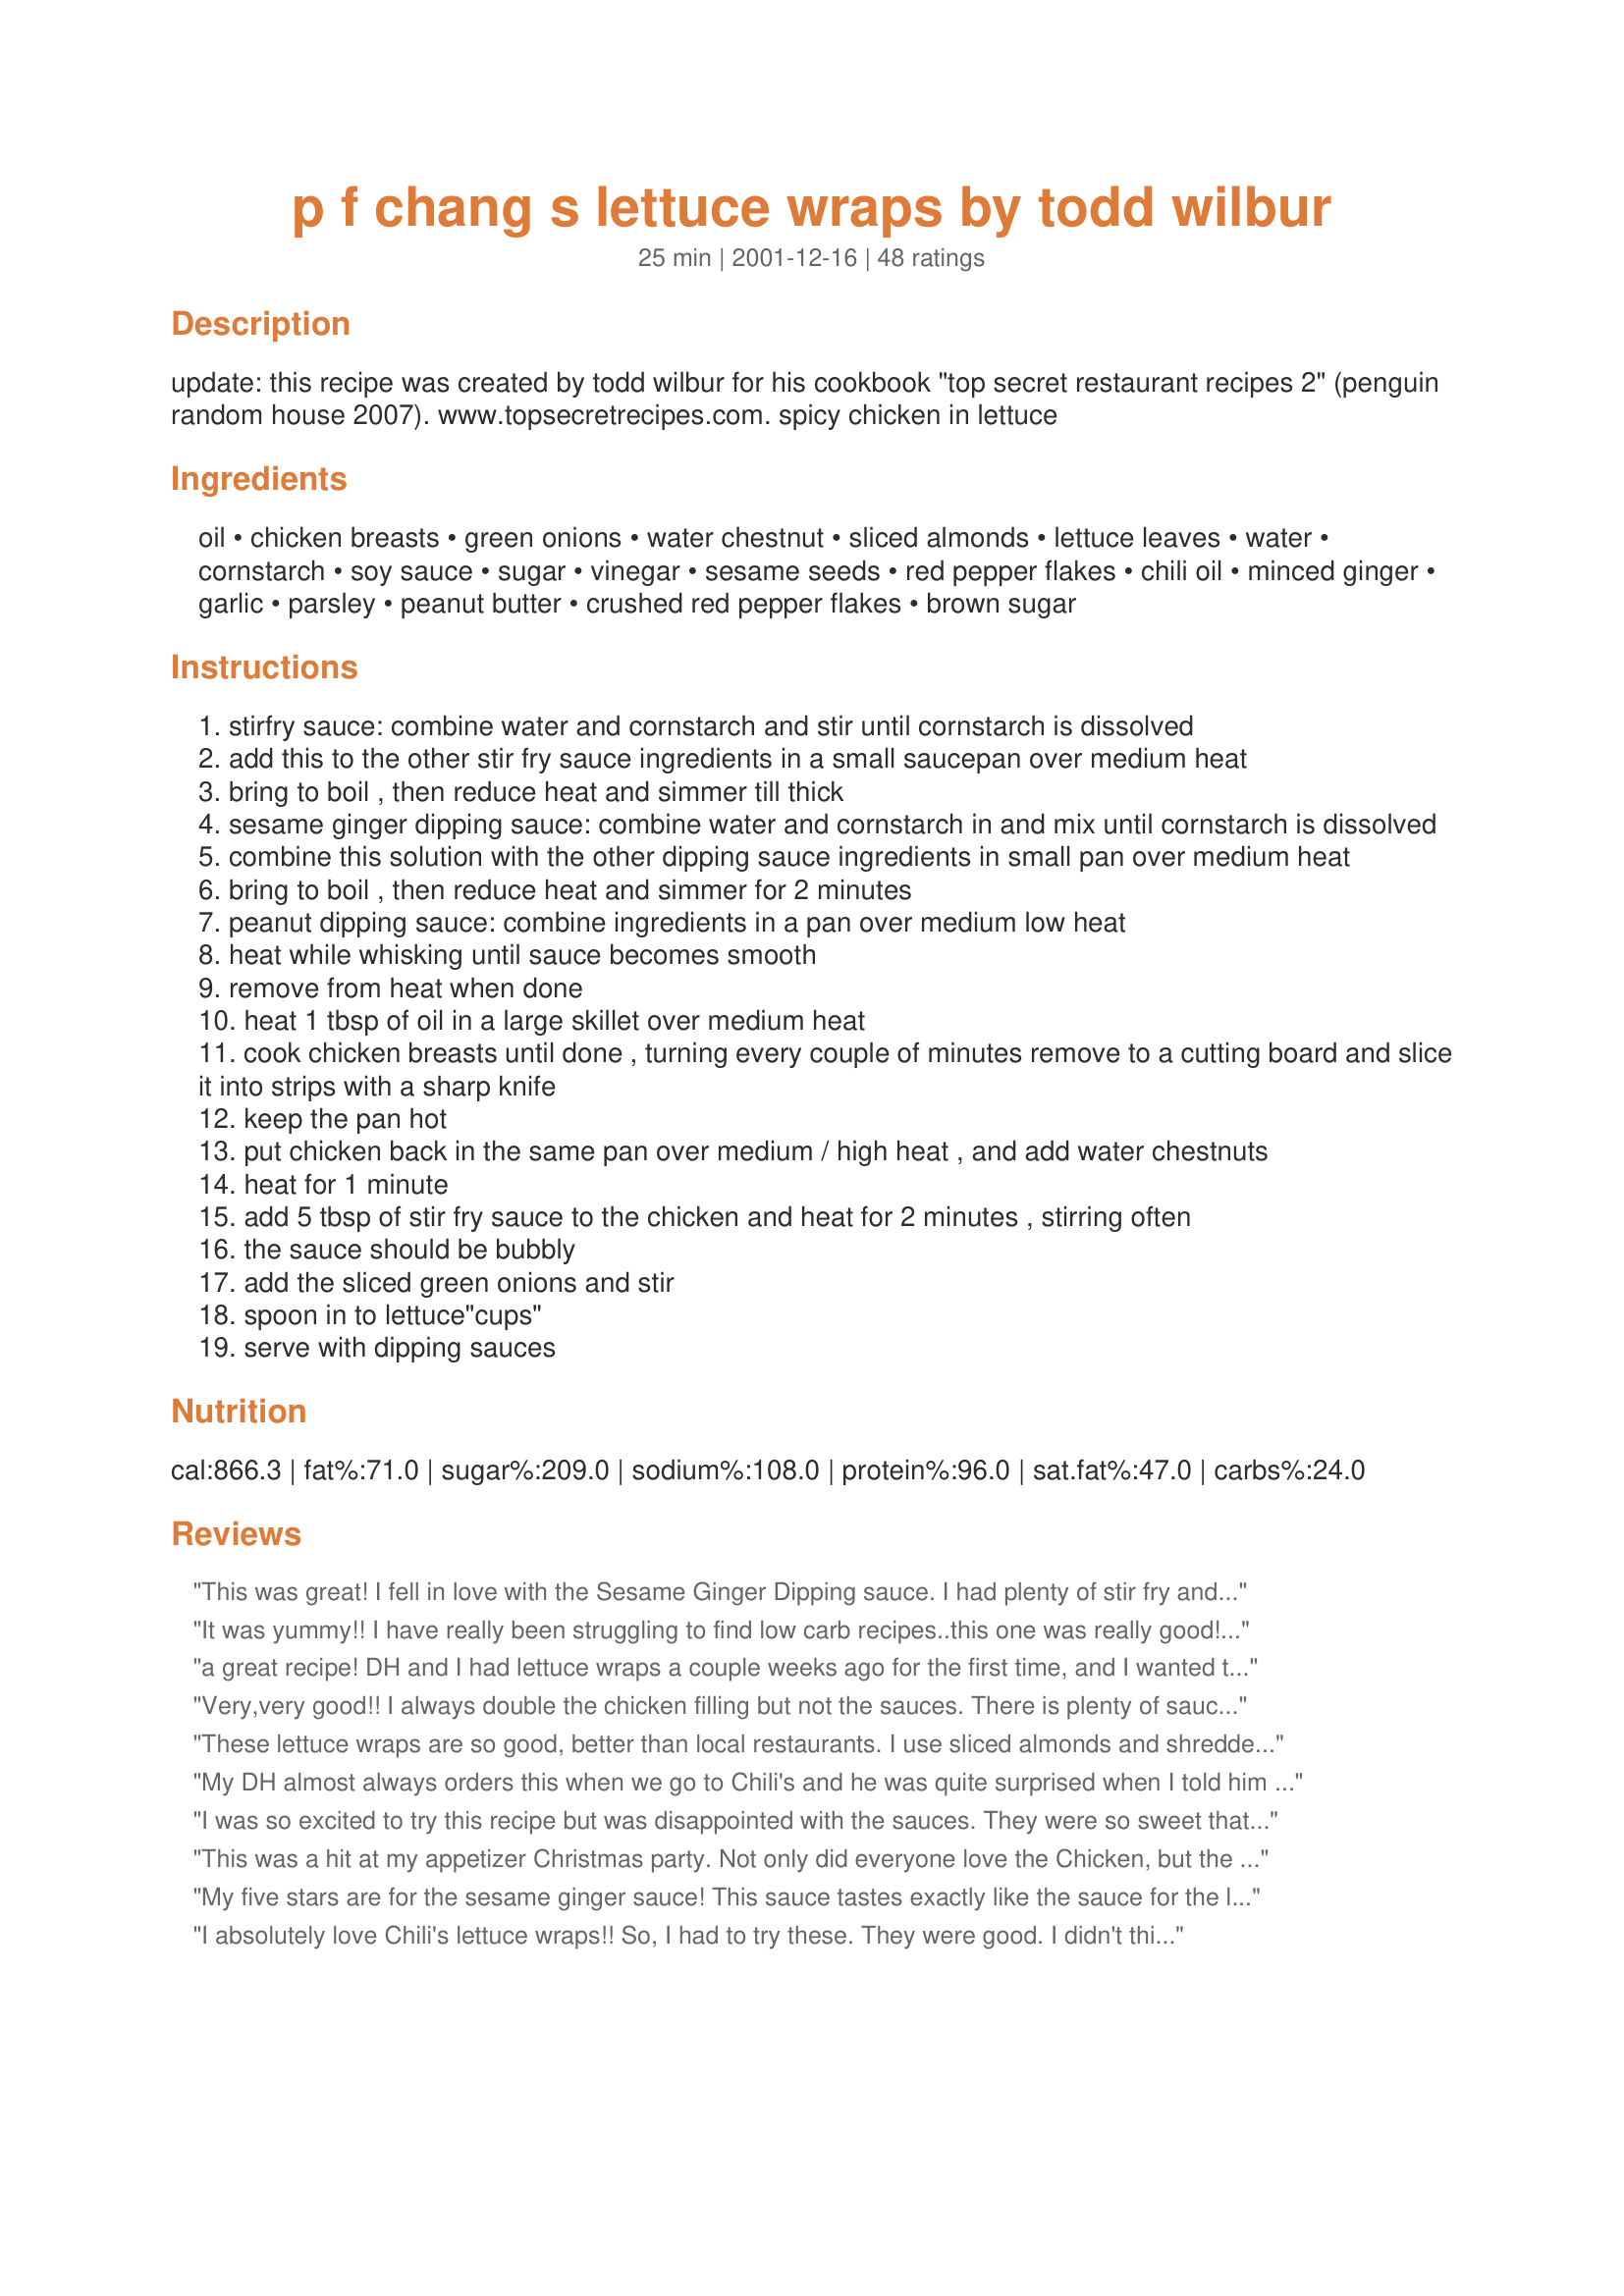
p f chang s lettuce wraps by todd wilbur
Preparation time: 25 minutes

update: this recipe was created by todd wilbur for his cookbook "top secret restaurant recipes 2" (penguin random house 2007). www.topsecretrecipes.com.

spicy chicken in lettuce

Ingredients:
oil, chicken breasts, green onions, water chestnut, sliced almonds, lettuce leaves, water, cornstarch, soy sauce, sugar, vinegar, sesame seeds, red pepper flakes, chili oil, minced ginger, garlic, parsley, peanut butter, crushed red pepper flakes, brown sugar

Steps:
stirfry sauce: combine water and cornstarch and stir until cornstarch is dissolved
add this to the other stir fry sauce ingredients in a small saucepan over medium heat
bring to boil , then reduce heat and simmer till thick
sesame ginger dipping sauce: combine water and cornstarch in and mix until cornstarch is dissolved
combine this solution with the other dipping sauce ingredients in small pan over medium heat
bring to boil , then reduce heat and simmer for 2 minutes
peanut dipping sauce: combine ingredients in a pan over medium low heat
heat while whisking until sauce becomes smooth
remove from heat when done
heat 1 tbsp of oil in a large skillet over medium heat
cook chicken breasts until done , turning every couple of minutes remove to a cutting board and slice it into strips with a sharp knife
keep the pan hot
put chicken back in the same pan over medium / high heat , and add water chestnuts
heat for 1 minute
add 5 tbsp of stir fry sauce to the chicken and heat for 2 minutes , stirring often
the sauce should be bubbly
add the sliced green onions and stir
spoon in to lettuce"cups"
serve with dipping sauces

Reviews:
This was great! I fell in love with the Sesame Ginger Dipping sauce. I had plenty of stir fry and sesame sauce left and since the sesame ginger dipping sauce is very similar I combined the two and froze them. I plan to add a bit more starch to make the sauce a bit thicker and use it to make Chinese beef and broccoli or pepper steak. The flavor of the sauces was just like the one you get in the Chinese restaurants. I don't care much for peanut butter, so I did not make that one. Over all these wraps were real yummy. Also one missing ingredient that Chilis in their chicken lettuce wraps is Cilantro.(coriander) Just dice some cilantro and add it to the chicken and voila!
It was yummy!! I have really been struggling to find low carb recipes..this one was really good!! Next time i will cut the stir fry sauce in half..I used butter lettuce and Splenda instead of sugar..I didn't make the peanut sauce but loved the sesame-ginger dipping suace..YUM!!! Thanks for sharing!
a great recipe! DH and I had lettuce wraps a couple weeks ago for the first time, and I wanted to make them at home. This recipe wasn't the same as we had, it was actually better!

I made a couple changes... I didn't have any fresh ginger, so I used finely chopped crystallized, and left out some of the sweetner. I used Splenda because I'm doing low-carb. I didn't add any water chestnuts, DH doesn't like them, and peanuts instead of almonds. I also added some diced red peppers to the chicken mixture. We both give it 5 stars! Thanks for a great recipe!
Very,very good!! 
I always double the chicken filling but not the sauces. There is plenty of sauce. Everyone loves these when I make them. Thanks for the recipe!
These lettuce wraps are so good, better than local restaurants. I use sliced almonds and shredded carrots as toppings, it adds a nice crunch. Very, very good!
My DH almost always orders this when we go to Chili's and he was quite surprised when I told him that I was going to be making it for him for lunch. He absolutely loved it and said it tasted much better than the original. I even managed to make those fried crunchy white noodles to go with it. This was really very easy to make and I credit that to your easy to follow instructions. Thanks for posting this great recipe.
I was so excited to try this recipe but was disappointed with the sauces. They were so sweet that after a few wraps, I didn't want to eat anymore. If I were to ever make this recipe again, I would have to drastically reduce the amount of sugar in both sauces.
This was a hit at my appetizer Christmas party. Not only did everyone love the Chicken, but the sauces were divine too! To extend the chicken mix, I added some shredded carrots and cabbage (about 1/3 the amount of chicken). I'm glad I did, because otherwise we would have run out! I made the sauces a day ahead, and and I didn't have any sesame seeds so I threw in a little sesame oil where needed. Personal preference I would half the amount of peanut sauce (a little goes a long way), but keep the other two the same. (BTW-Never had these at Chili's so I can't compare) Thanks for posting!
My five stars are for the sesame ginger sauce! This sauce tastes exactly like the sauce for the lettuce wraps at the Cheesecake Factory! AWESOME! The recipe just calls for "oil" but I used sesame oil and it gave it the right nutty flavor. I will have to try the entire recipe now that this sauce is such a big hit.
I absolutely love Chili's lettuce wraps!! So, I had to try these. They were good. I didn't think that they tasted exactly like Chili's but they worked for a home version. I didn't like the peanut sauce so next time I won't waste the time on that. The other sauce was really good!! Try it and see what you think!
These were so close to the restaurant's recipe it almost felt like I was there. I did need to add a little more crushed red pepper to get it spicy enough,and I cut up the chicken before cooking it, but it was just great. The sesame ginger sauce is also great drizzle over steamed rice. There were no leftovers from this meal, we ate it all!
This was outstanding! The Stir Fry and Sesame Ginger Sauces had complex flavors, and just the right amount of spicy heat. I substituted Perdue ground chicken for the chicken breasts and was careful to not overcook it and dry it out. The texture of the ground chicken more closely resembled that of PF Chang's Lettuce Wraps. Instead of iceburg lettuce, which breaks when it's folded, I used romaine lettuce cups -- "boats" -- the perfect lettuce for good crunch. I couldn't find chili oil, but substituted Chinese sweet chili sauce, and it was really delicious. I served this to three people, each getting their serving of meat in a Chinese soup cup, with a communal plate of lettuce leaves, and dipping sauce in individual soy sauce dishes. Even though I served it to three people, two people could easily finish this off in one sitting, it's that good. Definitely a keeper.
OMG, these were delicious! They tasted like they were from a restaurant. I agree with the others that it's a little time-intensive (takes longer than 35 mins to make), but it's SO worth it! 
I used ground pork instead of the chicken, and also added bean sprouts and enoki mushrooms to the stirfry. I used half white vinegar, half rice wine vinegar. I also used a bit of chili oil along with the regular oil to give it some spice.
My husband has been raving about these ever since I made them. I've tried several lettuce wrap recipes in the past and these are BY FAR the best!
Good recipe. We have never been to a Chili's, so don't know how they compare. It was good, the sesame sauce was so much like others, that I didn't even consider that one as a comparison. However, the peanut sauce was awesome. It was not pretty, but we could have made a meal out of the peanut sauce over rice. That was very good. Thanks for the recipe.
I found these took me longer to put together than the recipe states but they were excellent! I used sliced carrots and bean sprouts as additions to the wraps. I know the restaurant serves another vegetable with theirs, but it had been so long since I had them that I am not sure what the other was.

I also found the directions not overly intuitive and added the stir-fry sauce right to the chicken strips and they were excellent cooked that way. I am not sure if this was a mistake or not.

This recipe is a “Keeper” in my book. I think next time I may also add some rice noodles to add to the top of the wraps too.

This was a big hit at my mom's group dinner! I love lettuce wraps and this recipe did not disappoint! The chicken mix and all the sauces were great. It's probably my new favorite! Thank you for posting!
The best wraps EVER! I love Chili's lettuce wraps and when the restaurant close to me burned down a couple of weeks ago, I had to find an alternative. You can't get any closer to the real ting than this! THANK YOU!
A new addition to our list of favorites!
Yum! I've never had the lettuce wraps from Chili's, but I have one of Todd Wilbur's books and he's never steered me wrong, so I thought I'd give this a try. What a great recipe! In place of the chicken breasts, I used ground turkey meat so that I could skip the extra step of chopping the cooked chicken, but other than that I pretty much followed the recipe exactly. Everyone devoured them; thanks so much!
These had an excellent flavor, very close to that of the restaurant's. There was plenty of sauces, especially the stir-fry sauce- if someone were to double this recipe I would say they wouldn't really need to double the sauces. Also the time it took to prepare these was a bit longer than stated, but well worth the wait! Thanks for a great recipe!
These were so good and easy to make. I too made both P.F. Chang's and these. They are so close to the same. Can't say which is best. Thanks Lali.
I made this last night and it was very delicious. On another plate, I put cooked ramen noodles, sliced red onion, cilantro leaves and carrots - I used those to wrap up with the chicken. That made the dish absolutely fabulous ... however, the peanut sauce was a little too sweet and not too spicy for me. Next time I will add less sugar and more red pepper.


WOW! This was a great meal. Made it for dinner last night and my kids just looked at me like I was nuts. Then when they ate one, they went WILD!! Very good and pretty easy to put together. I have been asked to make them again this weekend. We all loved it. Thanks for posting. Yum!
Tasty, will make again!
I cannot say enough good things about this recipe!! I have cooked with several lettuce wrap recipes and this is by far the best!! I loved it!
WOW WOW WOW!!! I am not a good cook at all .. I accidently happened upon this recipe and alls I can say is WOW!! Not only was this a simple recipe for me, but it turned out exactly like Chili's - except better. THANK YOU - THANK YOU - THANK YOU.
i made these and the other one, can't decide which is like our local take out. both were very good.
I only make the Sesame Ginger Sauce. I could just drink this sauce straight out of the pan! Everyone loves it!
My family really liked this recipe. Very tasty and easy to put together. the sesame ginger dipping sauce was great. My DH & DS looked at me like I was crazy when I gave them the lettuce leaves. They put the leaf on their plates and poured sauce dipping sauce on and used a knife and fork. I will make this again.
Seriously, so good! Love the stir fry sauce, there is enough leftover for another meal. Even my carbaholic DH asks for these. Thanks, Lali.
I made these to go along with our dinner last night and we liked them very much. I bought a leaf lettuce head and it worked just fine. I agree about the stir fry sauce being too much but i'm planning on using it later this week with some pork and veggies. We loved the dipping sauces, it was literally divided in half which one we all liked best. Thank you so much for sharing this yummy recipe, that I plan on making often.
Omitted the almonds my Dh doesn't like nuts in his food. But these are the best. Used the leftover ginger sauce on pork chops the next night.
Made for a bridal shower - was a huge hit. Like it best using hot and spicy Chili oil and natural peanut butter.
Great flavor! Loved the chicken mixture cooked in the stir fry sauce. Also, really liked the two different dipping sauces. I made the Ginger and Peanut dipping sauce the night before and just re-heated in the microwave. The peanut dipping sauce didn't specify which type of peanut butter to use, so I used Jif crunchy and it turned out fine. The directions also didn't say what to do with the sliced almonds. I toasted those in a skillet and sprinkled over the assembled lettuce wraps. My DH has requested that I make these once a week. I don't know about that . . . I got almost every dish and pan in the house dirty with this recipe! Great tasting recipe, but you'll have to work for it!
great mates loved them
Superb! The dipping sauces were great on their own right. I used some leftover chicken.
my dh and i enjoyed this very much. i followed everything to the T except halfed the pepper flakes since my husband is very sensitive to heat. i also chopped my chicken in the food processor a little. i made both sauces and my dh and i liked the peanut sauce the best. i did only have 3 chicken breasts but they were large and i did throw all the stir fry sauce in it. the dipping sauces makes ALOT. so i'll have to half it next time.
This was great! It took a lot longer to make than I was expecting, but the flavor was definitely worthwhile. Next time I would skip the sesame dipping sauce as I found it very similar to the stir fry sauce and not really needed. The peanut sauce was very good. I will make this again.
Very very good, the Sesame and peanut sauce are very tasty.... I used both Boston and Iceberg lettuce, also had shredded carrot, cucumber and chow mein noodles to top the wraps... a little cheese would be wonderful too.... I think this would be great to bring in my lunch so I am making more filling tonight (plenty of sauce left over) Thank you! Sesame sauce- 8 points whole batch Peanut was 25
I actually just had the lettuce wraps at Chili's a few days ago, but wanted to recreate the experience for my husband. While this was a very delicious set of recipes, it's not quite the same as the original. I did alter the recipe a bit, namely because I had the tastes of the original still fresh in my mind. I added two tablespoons of chopped, fresh cilantro with the green onions. I also used the entire amount of the stir fry sauce and sauteed it over high heat to reduce it to a syrup-like consistency. Each time the recipe called for oil I either used entirely sesame oil, or used half sesame-half vegetable oil. The peanut sauce was too sweet for me, so I added about a teaspoon and a half of soy sauce. I also added about a half teaspoon of salt to the chicken after I added the stir fry sauce to cut the sweetness a bit, so you may wish to omit some of the sugar while prepping. The dipping sauce recipes are also very large, you could easily halve these portions and still have generous amounts. Regarding this recipe specifically, if you're planning on cooking all three sauces at once the cooking time may be accurate, however if you cook one at a time as I did it will be much longer. Making all three sauces, preparing fried bean threads, shredding carrots and water chestnuts, washing and drying the lettuce leaves, (all sides that go with the original dish) and cooking the chicken - this recipe took nearly 3 hours to prepare. All in all a good recipe, thanks for sharing! It definitely hit the spot for the husband and I.
This recipe was pretty good. The chicken mixture felt like it was missing something... I can't put my finger on it, though. I didn't make the sesame ginger sauce but did make the peanut sauce... it was yummy, but easily overpowered the chicken to where all you could taste is peanut butter. I will try again with the sesame ginger sauce and maybe adding a little chili sauce to the stirfry sauce to increase heat and flavor. Overall, a good basic recipe that could use a little tweeking.
I was looking for a way to use up my left-over roasted chicken... this was great! I made the sauces as written, they were terrific! As for the chicken mixture, I finely chopped carrot, onion, mushrooms, scallions, bean sprouts, cabbage and the chicken, stirred in the stir fry sauce and simmered it down. Then I stirred in some chopped cashews for crunch... so yummy! It sure didn't taste like leftovers!!!
 Thanks for the recipe:)
THE BEST!!! MY KIDS GOBBLED THEM UP!!! WE ARE HAVING THEM AGAIN AFTER HAVING THEM 2 DAYS AGO--taking them to a Party!
Dynamite. I brought these to a Asian theme dinner party and they were a hit as an appetizer! I don't know what Chili's wraps taste like, but I believe these taste very similar to P.F. Chang's wraps. Five stars all the way.
I substituted Splenda for the sugar and there was no difference. Really lowered the carbs and made for a great diabetic appetizer.
I am eating the leftovers right now. These were very good especially the soy dipping sauce. I am trying to duplicate the lettuce wraps that I had at Flo's in Scottsdale, AZ. They were Fantastic. That is the reason that I minced the chicken before stir frying it. Although these were not "IT," they are definitely worth making again (skipping the overly sweet peanut butter sauce.) Thank you for the great recipe combination.
just happened across this recipe and that I had not reviewed it. I should have right away.....we have these all the time and they are so-o good. I prefer them to any Chinese restaurant's. I too, sometimes add some bean sprouts, but it is hard to improve on this recipe. I'm so glad I tried these and have several copies of the recipe I give to friends.
FINALLY!!! These stars are for the Sesame Ginger Dipping Sauce. I have searched and tried at least 10 (no kidding!) different dipping sauce variations and all have fallen flat or just short of my expectations. This one is PERFECT ~ perfect balance of salty, sweet and spicy. I have my own simple little recipe for the filling so I chose to go that way tonight but knowing now how awesome that sauce turned out, I might just give the whole recipe a spin. Thanks so much for posting Lali ~ it's exactly what I've been looking for!
